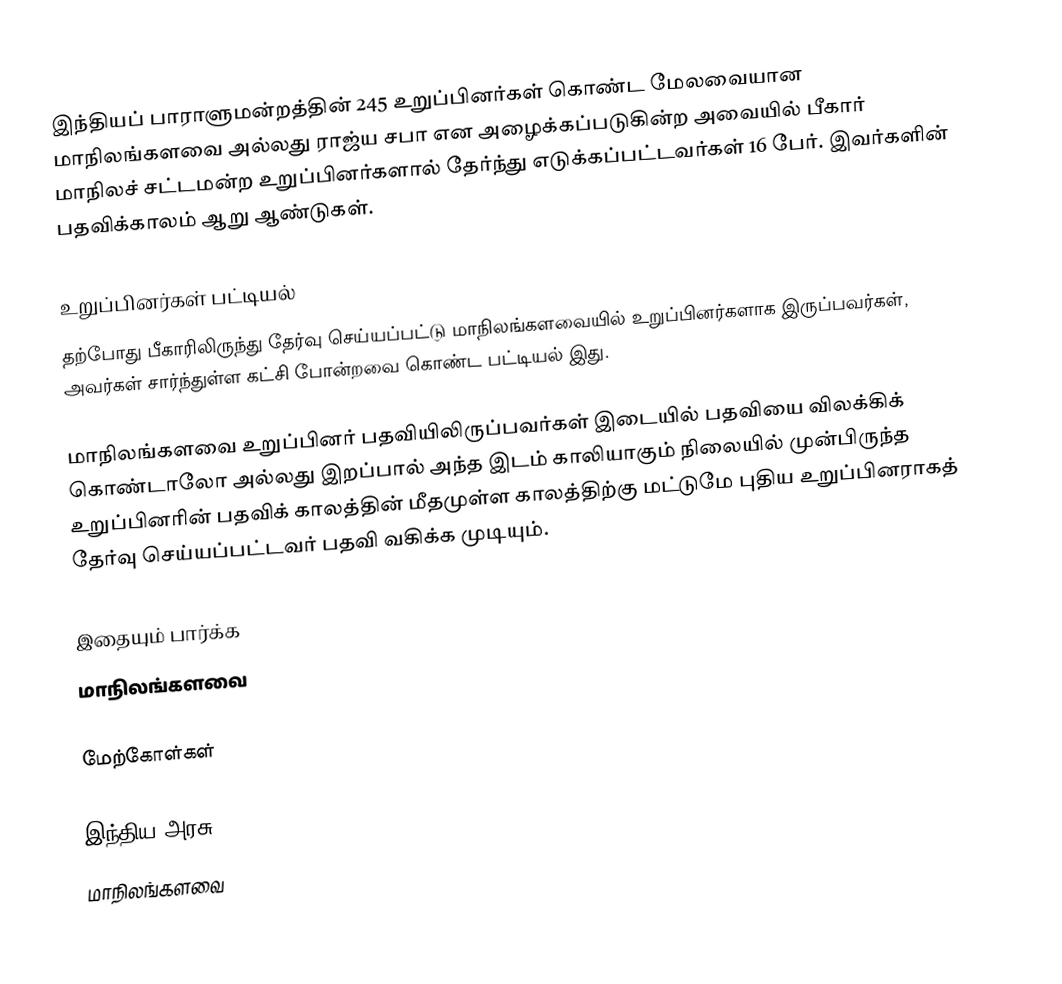
இந்தியப் பாராளுமன்றத்தின் 245 உறுப்பினர்கள் கொண்ட மேலவையான மாநிலங்களவை அல்லது ராஜ்ய சபா  என அழைக்கப்படுகின்ற அவையில் பீகார் மாநிலச் சட்டமன்ற உறுப்பினர்களால் தேர்ந்து எடுக்கப்பட்டவர்கள் 16 பேர். இவர்களின் பதவிக்காலம் ஆறு ஆண்டுகள்.

உறுப்பினர்கள் பட்டியல்
தற்போது பீகாரிலிருந்து தேர்வு செய்யப்பட்டு மாநிலங்களவையில் உறுப்பினர்களாக இருப்பவர்கள், அவர்கள் சார்ந்துள்ள கட்சி போன்றவை கொண்ட பட்டியல் இது.

 மாநிலங்களவை உறுப்பினர் பதவியிலிருப்பவர்கள் இடையில் பதவியை விலக்கிக் கொண்டாலோ அல்லது இறப்பால் அந்த இடம் காலியாகும் நிலையில் முன்பிருந்த உறுப்பினரின் பதவிக் காலத்தின் மீதமுள்ள காலத்திற்கு மட்டுமே புதிய உறுப்பினராகத் தேர்வு செய்யப்பட்டவர் பதவி வகிக்க முடியும்.

இதையும் பார்க்க
மாநிலங்களவை

மேற்கோள்கள்

இந்திய அரசு
மாநிலங்களவை